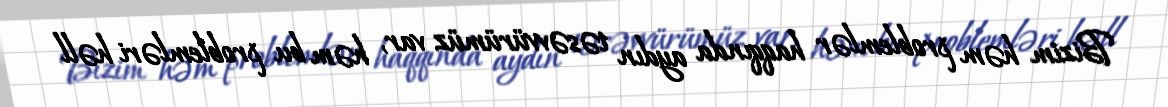
Bizim həm problemlər haqqında aydın təsəvvürümüz var, həm bu problemləri həll